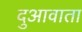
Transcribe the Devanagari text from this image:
दुआवाता